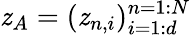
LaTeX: \mathit{z}_{A}=(\mathit{z}_{n,i})_{i=1:d}^{n=1:N}